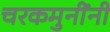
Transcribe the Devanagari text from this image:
चरकमुनींनी